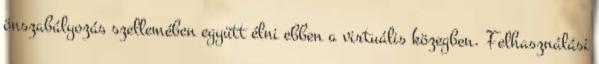
önszabályozás szellemében együtt élni ebben a virtuális közegben. Felhasználási